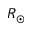
R _ { \odot }